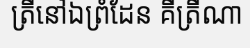
ត្រីនៅឯព្រំដែន គឺត្រីណា